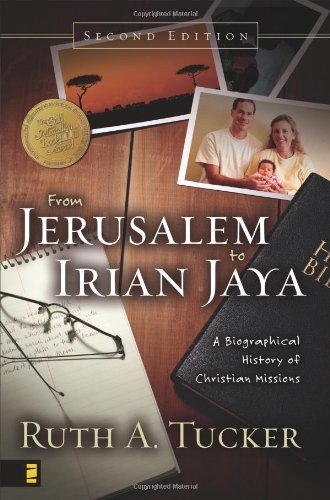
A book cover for From Jerusalem to Irian Jaya: A Biographical History of Christian Missions; Ruth A. Tucker; Christian Books & Bibles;